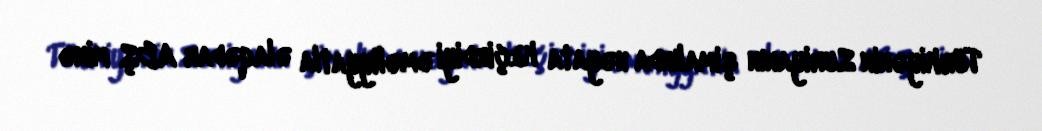
Türkiyənin Suriyanın şimalında həyata keçirdiyi əməliyyatla əlaqədar ABŞ minə